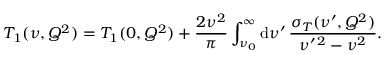
T _ { 1 } ( \nu , Q ^ { 2 } ) = T _ { 1 } ( 0 , Q ^ { 2 } ) + \frac { 2 \nu ^ { 2 } } { \pi } \int _ { \nu _ { 0 } } ^ { \infty } \mathrm { d } \nu ^ { \prime } \, \frac { \sigma _ { T } ( \nu ^ { \prime } , Q ^ { 2 } ) } { \nu ^ { \prime \, 2 } - \nu ^ { 2 } } .